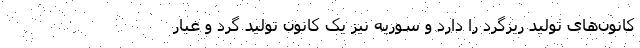
کانون‌های تولید ریزگرد را دارد و سوریه نیز یک کانون تولید گرد و غبار